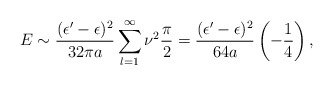
\begin{align*}E\sim{(\epsilon'-\epsilon)^2\over32\pi a}\sum_{l=1}^\infty\nu^2{\pi\over2}={(\epsilon'-\epsilon)^2\over64 a}\left(-{1\over4}\right),\end{align*}